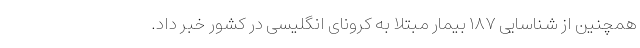
همچنین از شناسایی ۱۸۷ بیمار مبتلا به کرونای انگلیسی در کشور خبر داد.